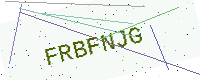
Text: FRBFNJG